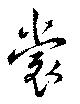
裳